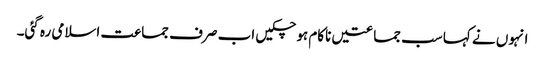
انہوں نے کہا سب جماعتیں ناکام ہو چکیں اب صرف جماعت اسلامی رہ گئی۔